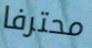
محترفا